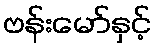
ဗန်းမော်နှင့်